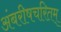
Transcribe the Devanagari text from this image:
अंबरीषचरितम्